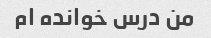
من درس خوانده ام